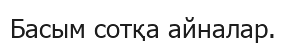
Басым сотқа айналар.